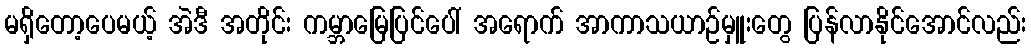
မရှိတော့ပေမယ့် အဲဒီ အတိုင်း ကမ္ဘာမြေပြင်ပေါ် အရောက် အာကာသယာဉ်မှူးတွေ ပြန်လာနိုင်အောင်လည်း